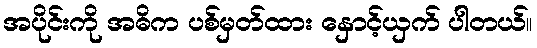
အပိုင်းကို အဓိက ပစ်မှတ်ထား နှောင့်ယှက် ပါတယ်။